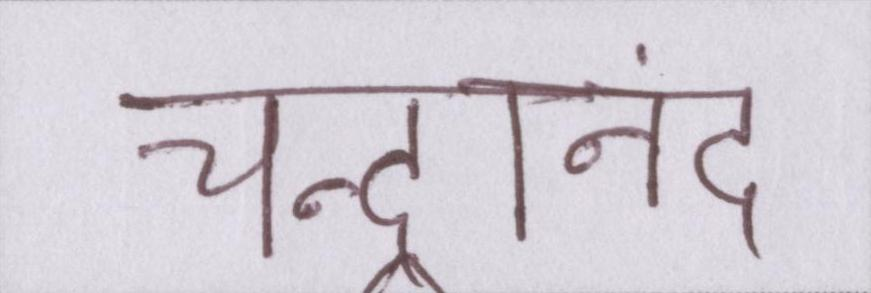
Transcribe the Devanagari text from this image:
चन्द्रानंद